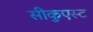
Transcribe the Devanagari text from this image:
सीकुएस्ट